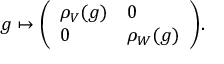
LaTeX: g \mapsto { \left( \begin{array} { l l } { \rho _ { V } ( g ) } & { 0 } \\ { 0 } & { \rho _ { W } ( g ) } \end{array} \right) } .